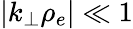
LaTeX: \left|k_{\perp}\rho_{e}\right|\ll 1